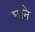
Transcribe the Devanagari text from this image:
घनि